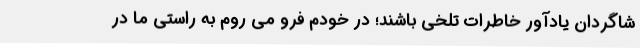
شاگردان یادآور خاطرات تلخی باشند؛ در خودم فرو می روم به راستی ما در